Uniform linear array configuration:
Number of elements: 8
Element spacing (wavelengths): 0.75
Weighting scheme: uniform
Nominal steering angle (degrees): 60
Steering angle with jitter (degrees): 59.083
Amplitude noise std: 0.05
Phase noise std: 0.05

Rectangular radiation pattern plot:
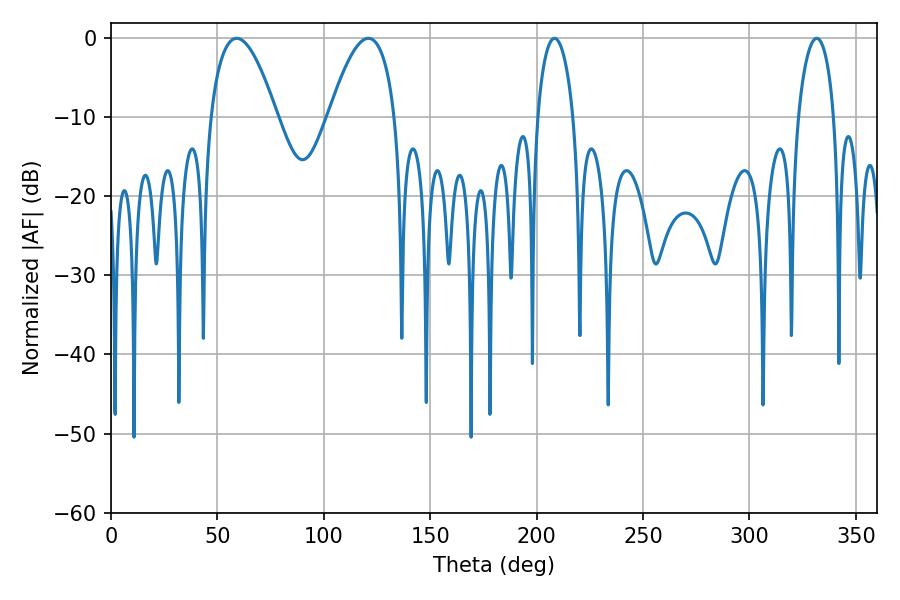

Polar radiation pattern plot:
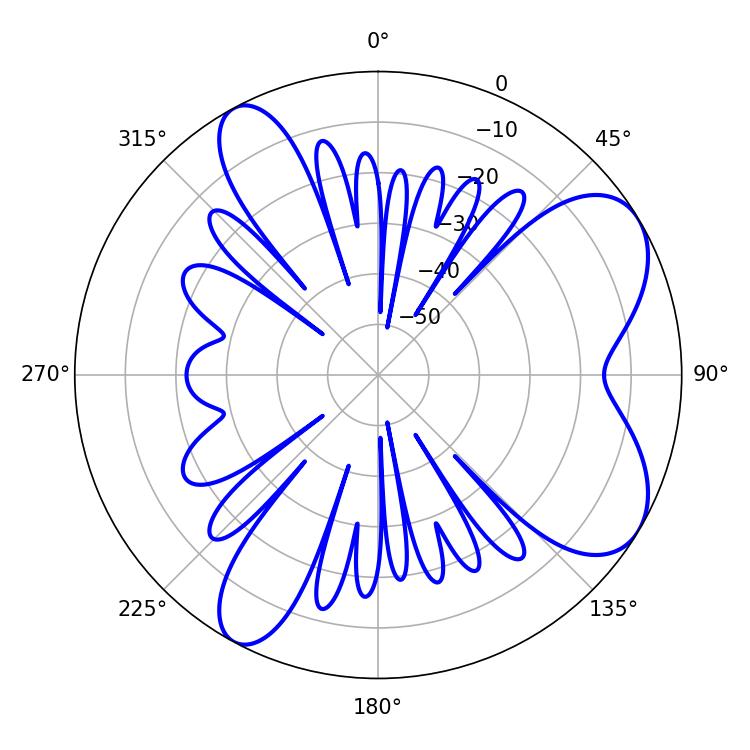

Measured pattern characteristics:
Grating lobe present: TRUE
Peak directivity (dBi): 7.121
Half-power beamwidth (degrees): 17.1
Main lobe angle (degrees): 59.04